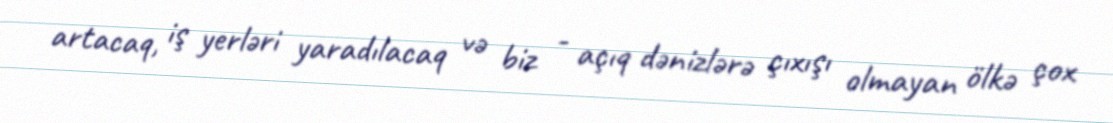
artacaq, iş yerləri yaradılacaq və biz - açıq dənizlərə çıxışı olmayan ölkə çox